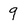
Character: 9